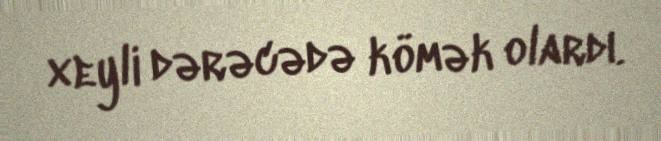
xeyli dərəcədə kömək olardı.